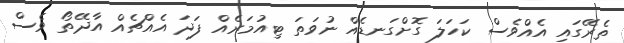
ތެރޭގައި އެއްވެސް ކަހަލަ ގޮށްގަނޑެއް ނުވަތަ ޓިއުމަރެއް ފަދަ އެއްޗެއް އާދޭތޯ ވެސް